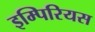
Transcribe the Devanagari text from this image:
इम्पिरियस